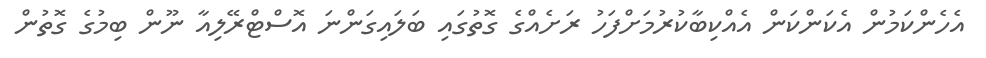
އެހެންކަމުން އެކަންކަން އެއްކިބާކުރުމަށްފަހު ރަށެއްގެ ގޮތުގައި ބަލައިގަންނަ އޮސްޓްރޭލިއާ ނޫން ބިމުގެ ގޮތުން